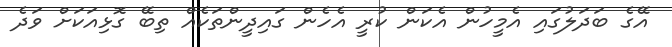
އޭގެ ބަދަލުގައި އެމީހުން އެކަން ކުރީ އެހެން ގައިދީންތަކެއް ތިބޭ ގޮޅިއަކަށް ވަދެ